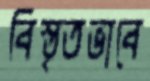
বিস্তৃতভাবে